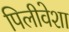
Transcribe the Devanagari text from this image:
पिलीवेशा